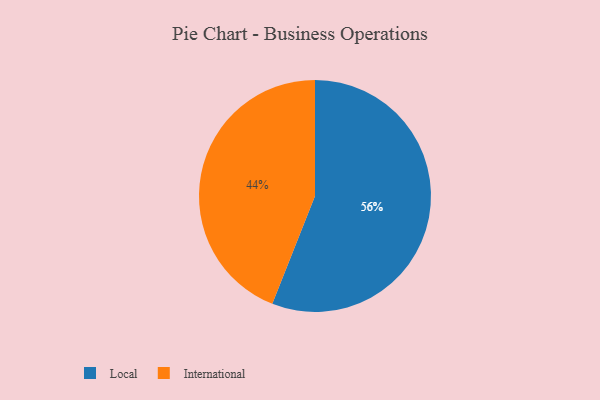
{"axis": {"x": "Category", "y": "Percentage"}, "legend": ["International", "Local"], "data": [{"x": "International", "y": 44, "type": "International"}, {"x": "Local", "y": 56, "type": "Local"}]}